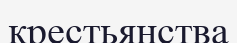
крестьянства